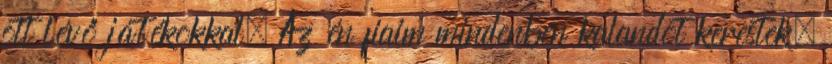
ott lévő játékokkal. Az én fiaim mindenben kalandot kerestek.